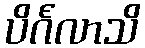
ပိင်္ဂလာသိ